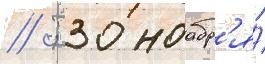
// ; 30 ноабр'я́